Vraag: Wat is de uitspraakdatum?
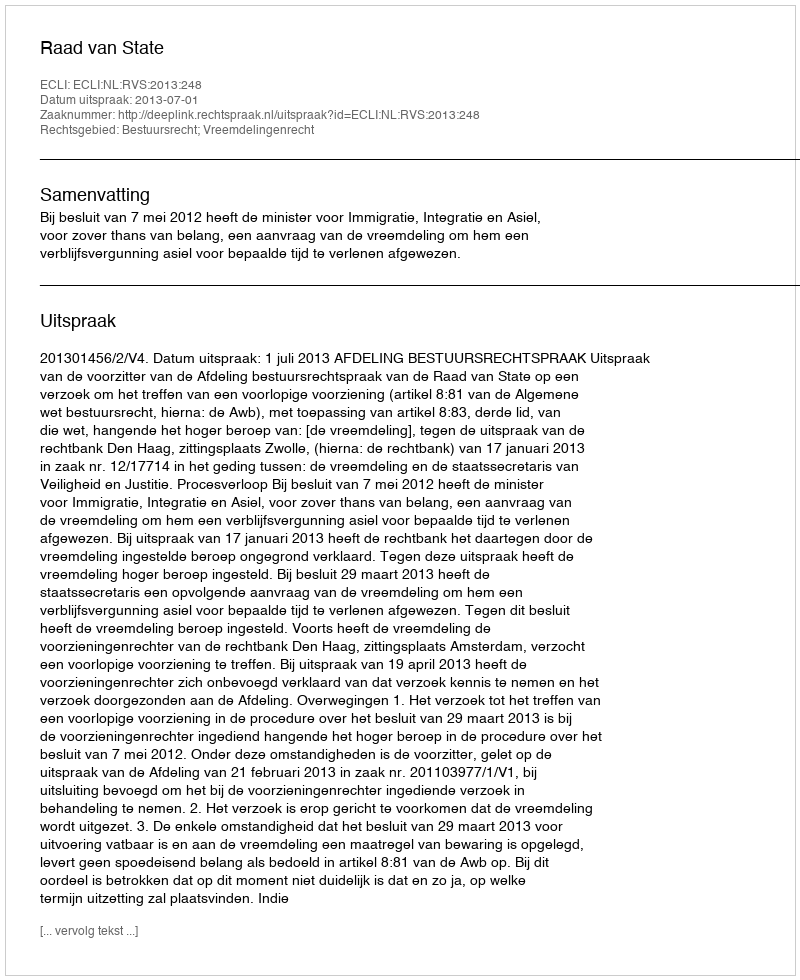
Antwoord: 2013-07-01